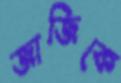
জাজিকে